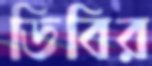
ডিবির